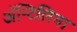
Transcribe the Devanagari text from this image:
अॅन्टिलिया